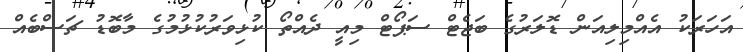
އަހަރަކު އެއްމިލިއަން ޑޮލަރުގެ ބަޖެޓް ސަޕޯޓް މިއީ ދެއްތޯ ކުޅިވަރުކުޅުމުގެ މާބޮޑު ޗަސްބެއް